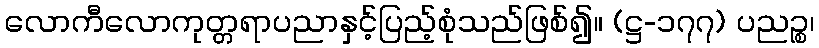
လောကီလောကုတ္တရာပညာနှင့်ပြည့်စုံသည်ဖြစ်၍။ (ဋ္ဌ-၁၇၇) ပညဉ္စ၊